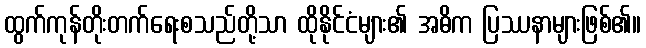
ထွက်ကုန်တိုးတက်ရေးစသည်တို့သာ ထိုနိုင်ငံများ၏ အဓိက ပြဿနာများဖြစ်၏။